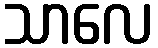
သာလေ